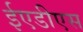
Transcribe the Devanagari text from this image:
ईएडीएस